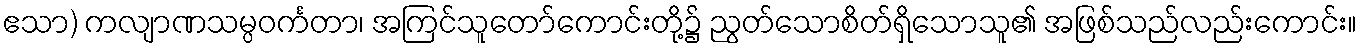
ဧသာ) ကလျာဏသမ္ပဝင်္ကတာ၊ အကြင်သူတော်ကောင်းတို့၌ ညွတ်သောစိတ်ရှိသောသူ၏ အဖြစ်သည်လည်းကောင်း။